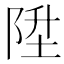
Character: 陞